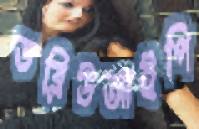
ডব্লিউআইপি